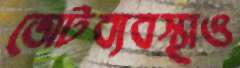
ভোটব্যবস্থাও